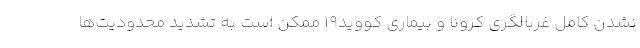
نشدن کامل غربالگری کرونا و بیماری کووید۱۹ ممکن است به تشدید محدودیت‌ها